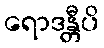
ရောဒန္တီပိ